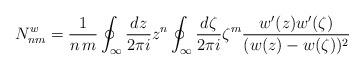
LaTeX: \begin{align*} N_{nm}^w = \frac1{n\,m}\oint_\infty \frac{d z}{2\pi i} z^{n}\oint_\infty\frac{d \zeta}{2\pi i}\zeta^{m}\frac{w'(z)w'(\zeta)}{(w(z)-w(\zeta))^2}\end{align*}